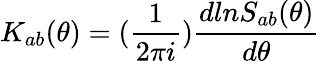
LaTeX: K_{ab}(\theta)=({\frac{1}{2\pi i}}){\frac{dlnS_{ab}(\theta)}{d\theta}}